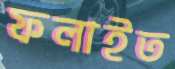
ফলাইত